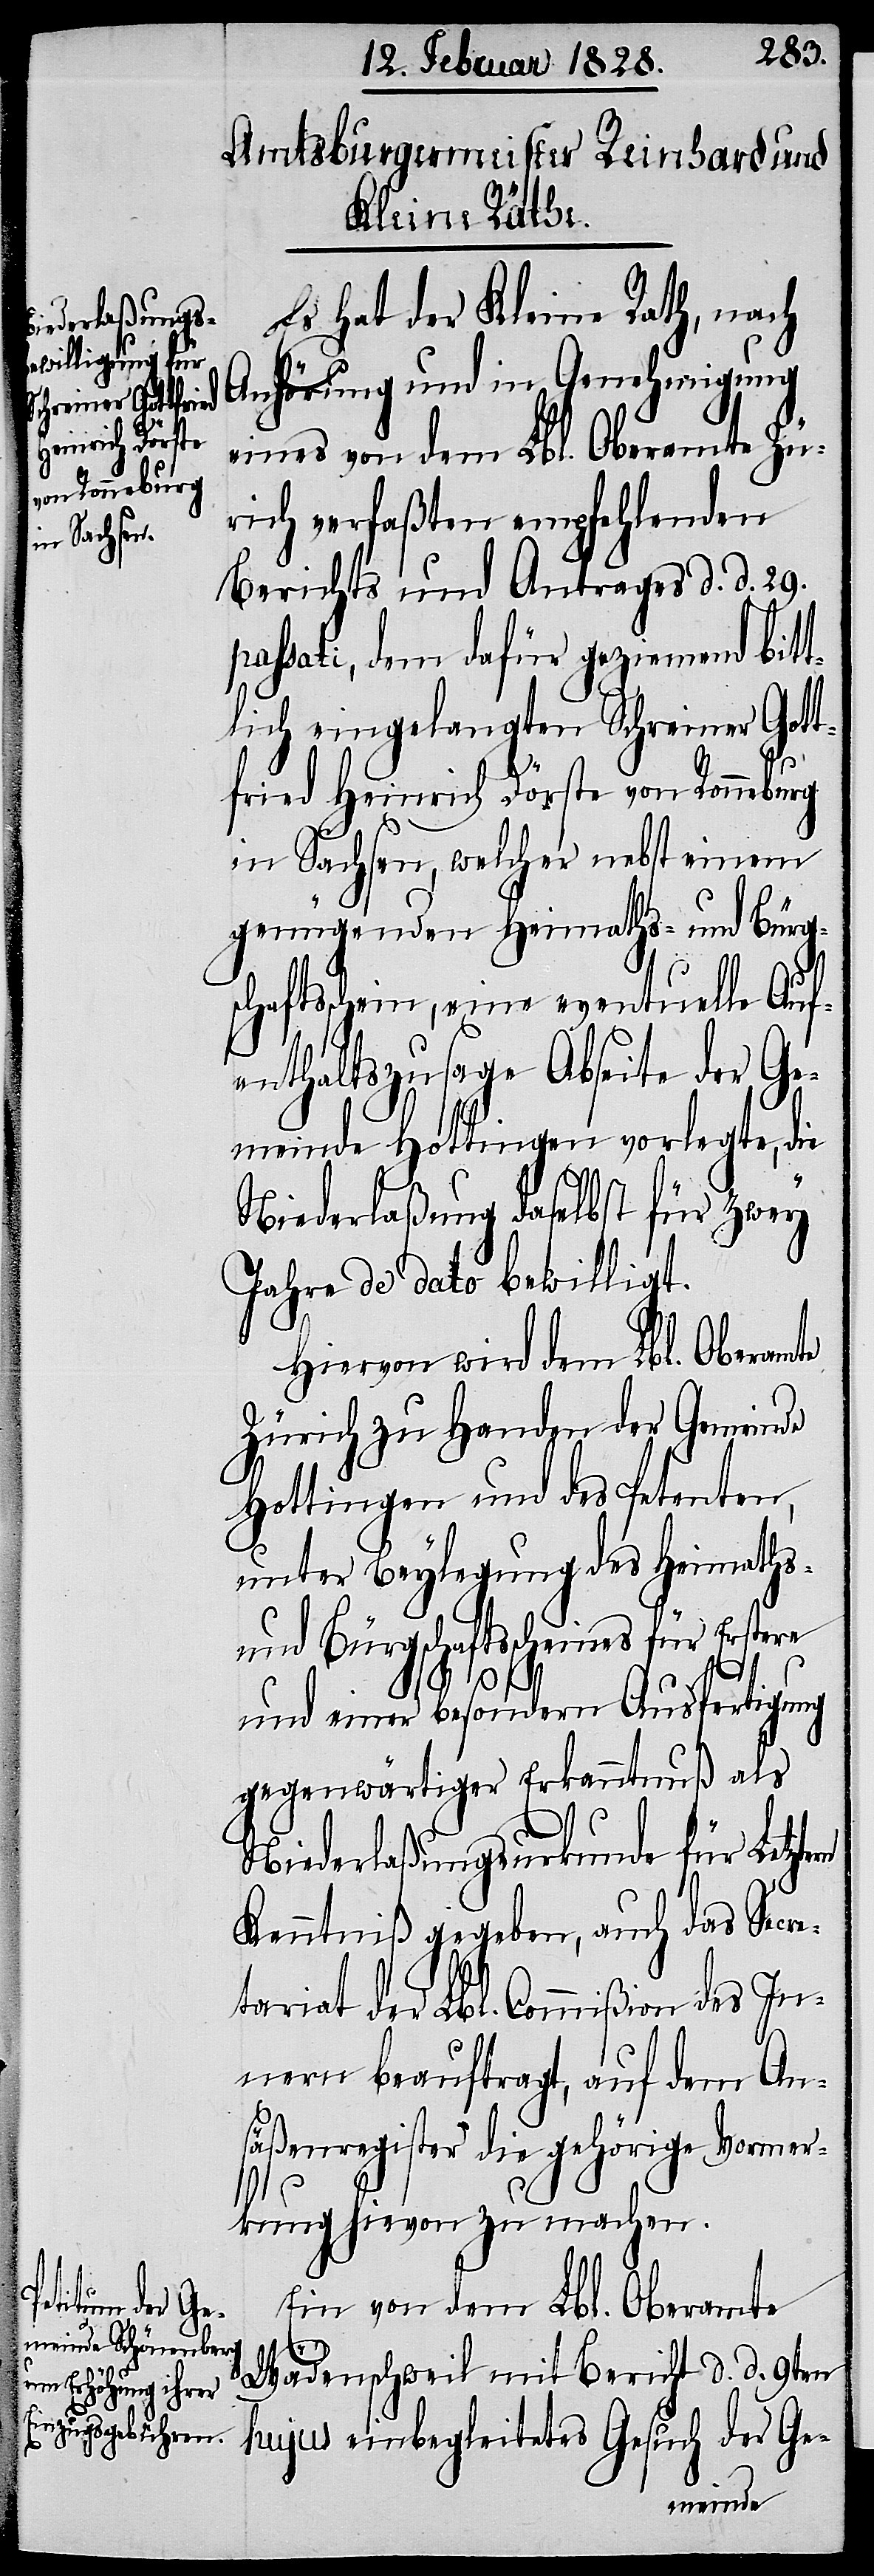
Es hat der Kleine Rath, nach
Anhörung und in Genehmigung
eines von dem Lbl. Oberamte Zü¬
rich verfaßten empfehlenden
Berichts und Antrages d. d. 29.
passati, dem dafür geziemend bitt¬
lich eingelangten Schreiner Gott¬
fried Heinrich Dörste von Ronneburg
in Sachsen, welcher nebst einem
genügenden Heimaths- und Bürg¬
schaftsschein, eine eventuelle Auf¬
enthaltszusage Abseite der Ge¬
meinde Hottingen vorlegte, die
Niederlaßung daselbst für zwey
Jahre de dato bewilligt.
Hiervon wird dem Lbl. Oberamte
Zürich zu Handen der Gemeinde
Hottingen und des Petenten,
unter Beylegung des Heimaths-
und Bürgschaftsscheines für Erstere
rn
und einer besondern Ausfertigung
gegenwärtiger Erkanntnuß als
Niederlaßungsurkunde für Letzte¬
Kenntniß gegeben, auch das Secre¬
tariat der Lbl. Commißion des In¬
nern beauftragt, auf dem An¬
säßenregister die gehörige Vormer¬
kung hievon zu machen.
Ein von dem Lbl. Oberamte
Wädenschweil mit Bericht d. d. 9ten
hujus einbegleitetes Gesuch der Ge-